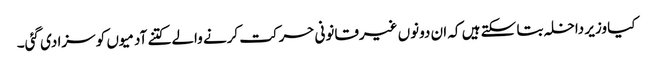
کیا وزیر داخلہ بتا سکتے ہیں کہ ان دونوں غیرقانونی حرکت کرنے والے کتنے آدمیوں کو سزا دی گئی۔